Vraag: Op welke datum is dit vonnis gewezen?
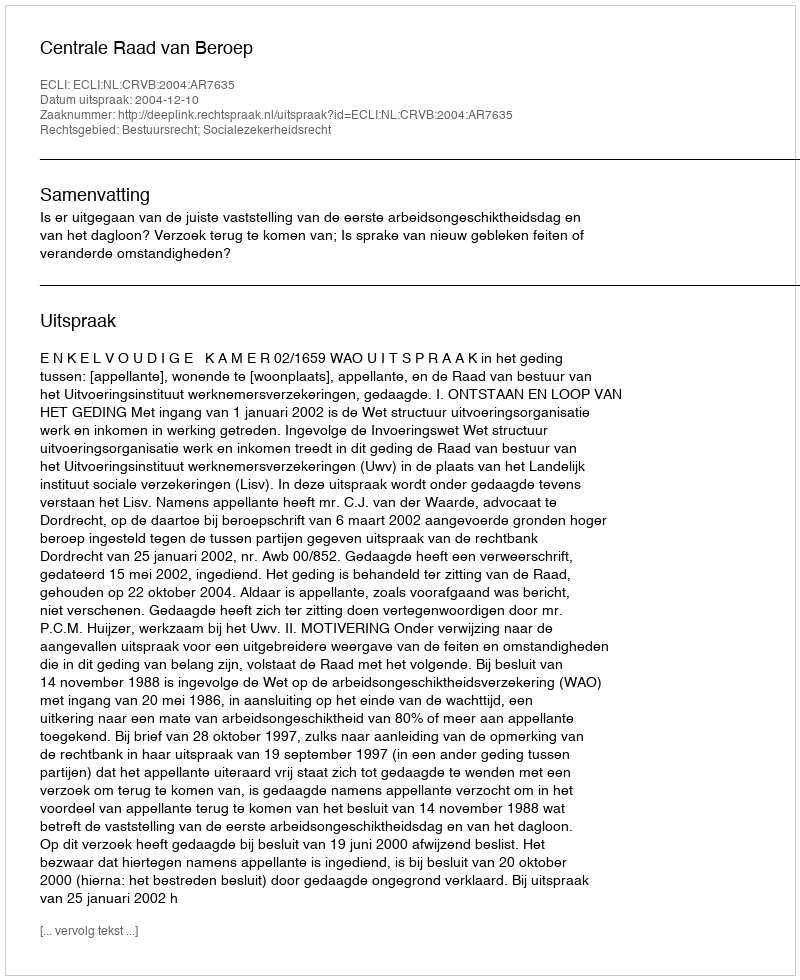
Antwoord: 2004-12-10